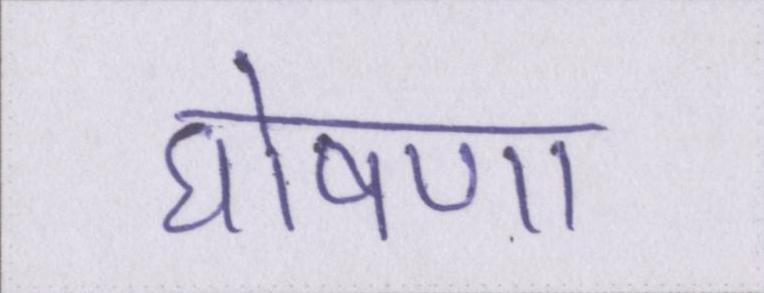
घोषणा